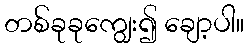
တစ်ခုခုကျွေး၍ ချော့ပါ။